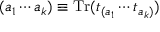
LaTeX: ( a _ { 1 } \cdots a _ { k } ) \equiv \mathrm { T r } ( t _ { ( a _ { 1 } } \cdots t _ { a _ { k } ) } )